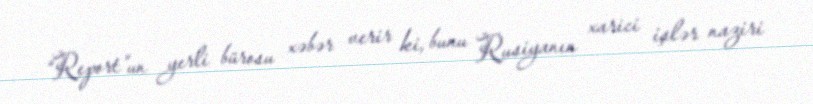
“Report”un yerli bürosu xəbər verir ki, bunu Rusiyanın xarici işlər naziri